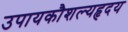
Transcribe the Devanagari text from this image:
उपायकौशल्यहृदय